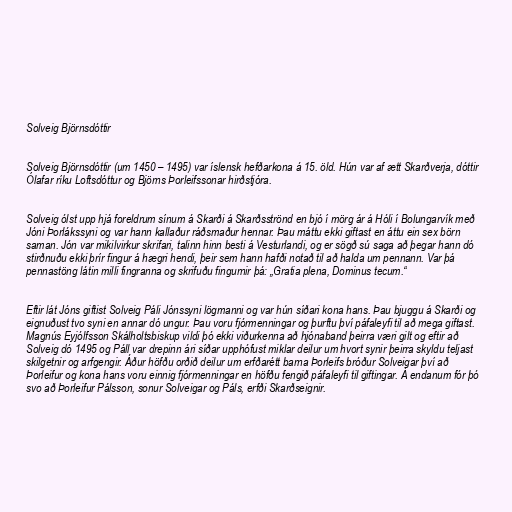
Solveig Björnsdóttir

Solveig Björnsdóttir (um 1450 – 1495) var íslensk hefðarkona á 15. öld. Hún var af ætt Skarðverja, dóttir
Ólafar ríku Loftsdóttur og Björns Þorleifssonar hirðstjóra.

Solveig ólst upp hjá foreldrum sínum á Skarði á Skarðsströnd en bjó í mörg ár á Hóli í Bolungarvík með
Jóni Þorlákssyni og var hann kallaður ráðsmaður hennar. Þau máttu ekki giftast en áttu ein sex börn
saman. Jón var mikilvirkur skrifari, talinn hinn besti á Vesturlandi, og er sögð sú saga að þegar hann dó
stirðnuðu ekki þrír fingur á hægri hendi, þeir sem hann hafði notað til að halda um pennann. Var þá
pennastöng látin milli fingranna og skrifuðu fingurnir þá: „Gratia plena, Dominus tecum.“

Eftir lát Jóns giftist Solveig Páli Jónssyni lögmanni og var hún síðari kona hans. Þau bjuggu á Skarði og
eignuðust tvo syni en annar dó ungur. Þau voru fjórmenningar og þurftu því páfaleyfi til að mega giftast.
Magnús Eyjólfsson Skálholtsbiskup vildi þó ekki viðurkenna að hjónaband þeirra væri gilt og eftir að
Solveig dó 1495 og Páll var drepinn ári síðar upphófust miklar deilur um hvort synir þeirra skyldu teljast
skilgetnir og arfgengir. Áður höfðu orðið deilur um erfðarétt barna Þorleifs bróður Solveigar því að
Þorleifur og kona hans voru einnig fjórmenningar en höfðu fengið páfaleyfi til giftingar. Á endanum fór þó
svo að Þorleifur Pálsson, sonur Solveigar og Páls, erfði Skarðseignir.